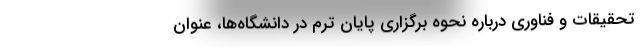
تحقیقات و فناوری درباره نحوه برگزاری پایان ترم در دانشگاه‌ها، عنوان